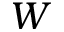
W